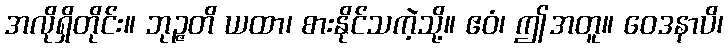
အလိုရှိတိုင်း။ ဘုဉ္ဇတိ ယထာ၊ စားနိုင်သကဲ့သို့။ ဧဝံ၊ ဤအတူ။ ဝေဒနာပိ၊